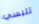
تلبسي